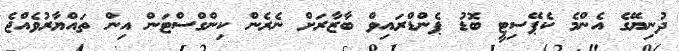
ދުނިޔޭގެ އެންމެ ކެޕޭސިޓީ ބޮޑު ޕެންޑްރައިވް ބާޒާރަށް ނެރެން ކިންގްސްޓަން އިން ތައްޔާރުވެއްޖެ